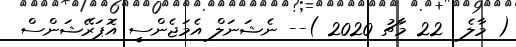
( މާލެ  22 މާޗު 2020 )-- ނެޝަނަލް އެމަޖެންސީ އޮޕަރޭޝަންސް